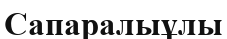
Сапаралыұлы